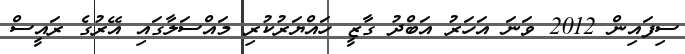
ސިފައިން 2012 ވަނަ އަހަރު އަބްދު ގާޒީ ހައްޔަރުކުރި މައްސަލާގައި އޭރުގެ ރައީސް